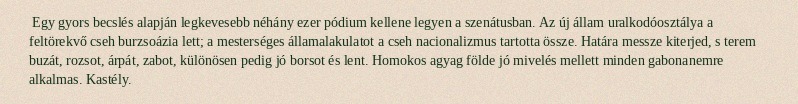
Egy gyors becslés alapján legkevesebb néhány ezer pódium kellene legyen a szenátusban. Az új állam uralkodóosztálya a feltörekvő cseh burzsoázia lett; a mesterséges államalakulatot a cseh nacionalizmus tartotta össze. Határa messze kiterjed, s terem buzát, rozsot, árpát, zabot, különösen pedig jó borsot és lent. Homokos agyag földe jó mivelés mellett minden gabonanemre alkalmas. Kastély.